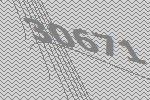
30671